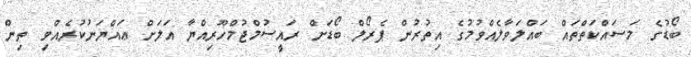
ބޯޑުގެ މަސައްކަތްތައް ބައްލަވާލެއްވުމުގެ އިތުރުން ޕެރޯލް ބޯޑަށް ރައީސުމްޖުމްހޫރިއްޔާ އަލަށް ޢައްޔަނުކުރެއްވި ތިން